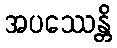
အပဿေန္တိ